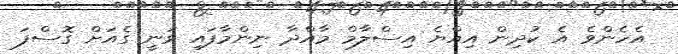
އެހެންވެ އެ ކުދިން އިއްޔެ އިސްލާމް މާއްދާ ނިންމާފައި ވަނީ ގެއަށް ގޮސްފަ